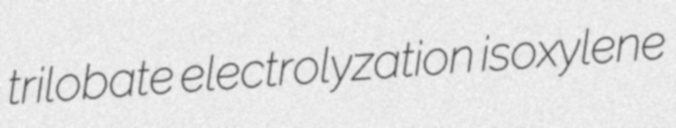
trilobate electrolyzation isoxylene